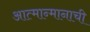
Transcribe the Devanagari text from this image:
आत्मान्मानाची